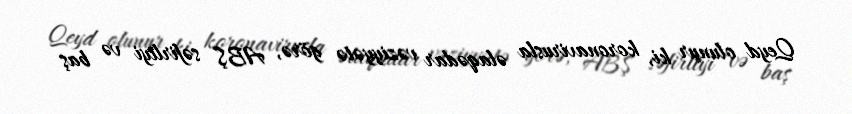
Qeyd olunur ki, koronavirusla əlaqədar vəziyyətə görə, ABŞ səfirliyi və baş